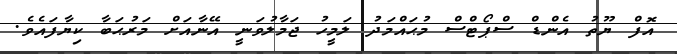
އޮފް ޔޫތު އެންޑް ސްޕޯޓްސް މުޙައްމަދު ލަމީހު ޖަމާލުވަނީ އޭނާއަށް މަރުޙަބާ ކިޔާފައެވެ.